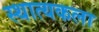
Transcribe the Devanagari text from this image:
स्थात्यकला